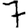
Digit: 7